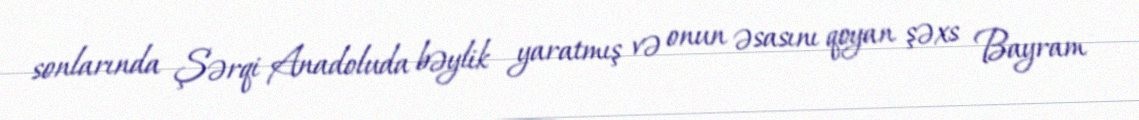
sonlarında Şərqi Anadoluda bəylik yaratmış və onun əsasını qoyan şəxs Bayram